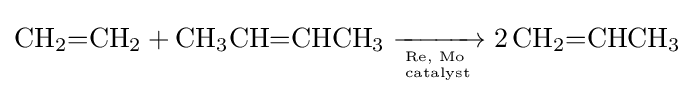
{\mathrm {CH} {\vphantom {A}}_{\smash[{t}]{2}}{=}\mathrm {CH} {\vphantom {A}}_{\smash[{t}]{2}}{}+{}\mathrm {CH} {\vphantom {A}}_{\smash[{t}]{3}}\mathrm {CH} {=}\mathrm {CHCH} {\vphantom {A}}_{\smash[{t}]{3}}{}\mathrel {\xrightarrow[{{\text{Re, Mo}}~ \atop {\text{catalyst}}}]{}} {}2\,\mathrm {CH} {\vphantom {A}}_{\smash[{t}]{2}}{=}\mathrm {CHCH} {\vphantom {A}}_{\smash[{t}]{3}}}